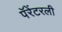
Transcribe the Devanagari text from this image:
पॅरेंटरली